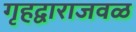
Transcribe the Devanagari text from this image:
गृहद्वाराजवळ